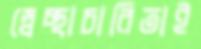
স্বেচ্ছাচারিতাই